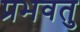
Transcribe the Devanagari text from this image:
प्रभवतु